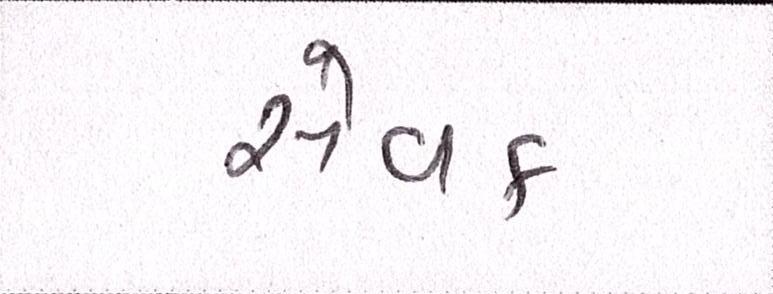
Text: સેવક